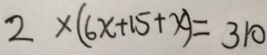
2 \times ( 6 x + 1 5 + x ) = 3 1 0